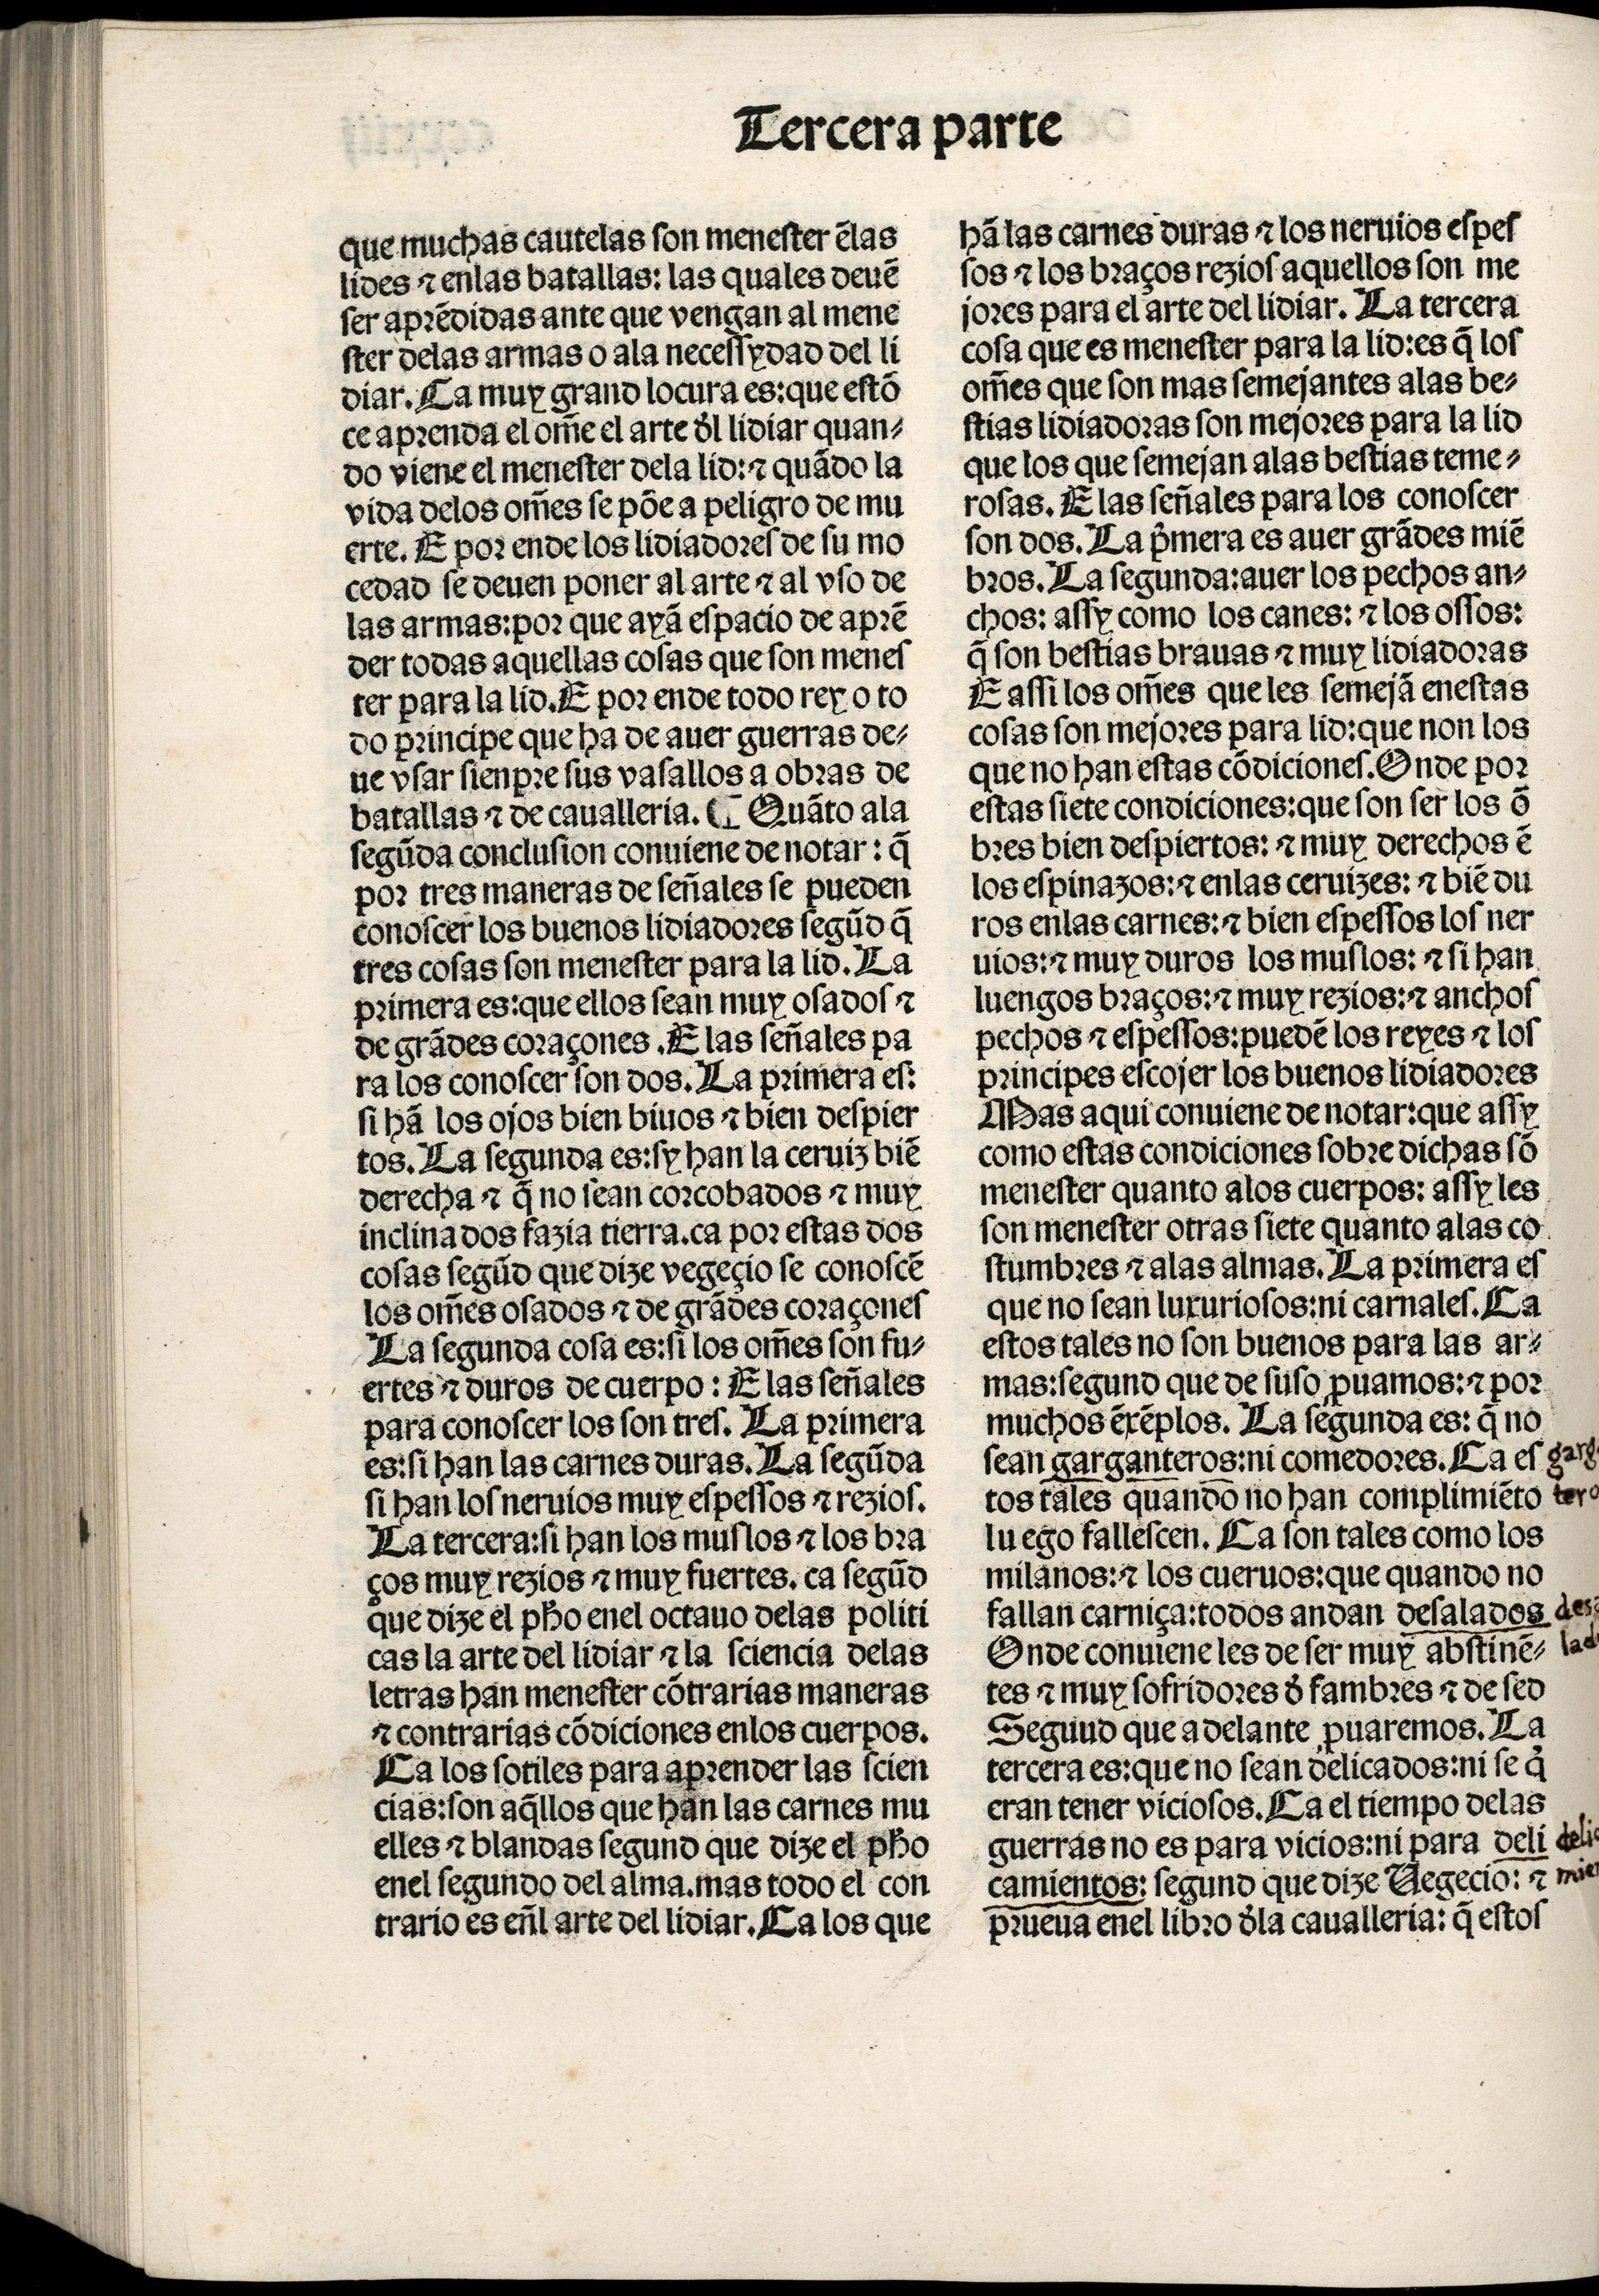
Shelfmark: Madrid, BNE, Inc. 901
Century: 15